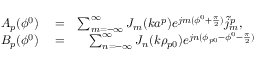
\begin{array} { r l r } { A _ { p } ( \phi ^ { 0 } ) } & { { } = } & { \sum _ { m = - \infty } ^ { \infty } J _ { m } ( k a ^ { p } ) e ^ { j m ( \phi ^ { 0 } + { \frac { \pi } { 2 } } ) } \tilde { j } _ { m } ^ { p } , \quad } \\ { B _ { p } ( \phi ^ { 0 } ) } & { { } = } & { \sum _ { n = - \infty } ^ { \infty } J _ { n } ( k \rho _ { p 0 } ) e ^ { j n ( \phi _ { p 0 } - \phi ^ { 0 } - { \frac { \pi } { 2 } } ) } } \end{array}